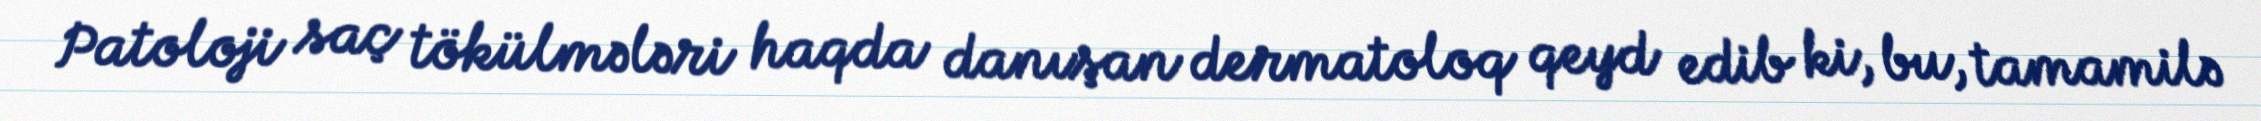
Patoloji saç tökülmələri haqda danışan dermatoloq qeyd edib ki, bu, tamamilə